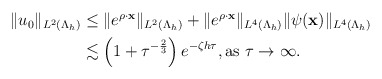
\begin{align*} \begin{aligned} \|u_{0}\|_{ L^{2}(\Lambda_h)} &\leq\|e^{\rho \cdot \mathbf x}\|_{ L^{2}(\Lambda_{h})}+\|e^{\rho \cdot \mathbf x}\|_{ L^{4}(\Lambda_{h})}\|\psi(\mathbf x)\|_{ L^{4}(\Lambda_{h})}\\ &\lesssim \left(1+\tau^{-\frac{2}{3}}\right)e^{-\zeta h\tau},\mbox{as $\tau \rightarrow \infty$. } \end{aligned} \end{align*}